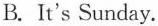
B.It's Sunday.